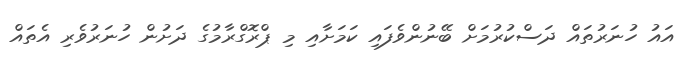
އައު ހުނަރުތައް ދަސްކުރުމަށް ބޭނުންވެފައި ކަމަށާއި މި ޕްރޮގްރާމުގެ ދަށުން ހުނަރުވެރި އެތައް